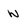
Character: W